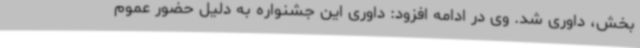
بخش، داوری شد. وی در ادامه افزود: داوری این جشنواره به دلیل حضور عموم